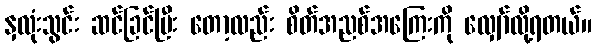
နှလုံးသွင်း ဆင်ခြင်ပြီး တော့လည်း စိတ်အညစ်အကြေးကို လျှော်လို့ရတယ်။